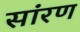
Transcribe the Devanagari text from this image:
सांरण